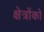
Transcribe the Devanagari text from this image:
क्षेत्रोंको